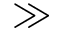
\gg